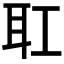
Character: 𦔸